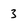
Character: 3